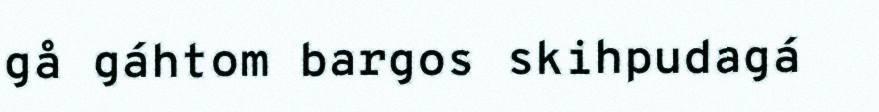
gå gáhtom bargos skihpudagá